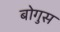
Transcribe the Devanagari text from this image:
बोगुस